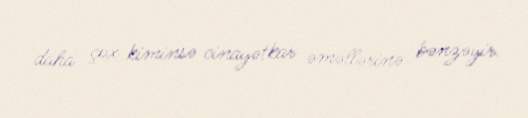
daha çox kiminsə cinayətkar əməllərinə bənzəyir.